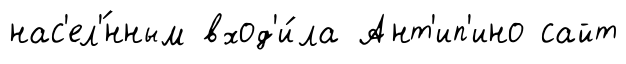
нас'ел'́нным вход'и́ла Ант'ип'ино сайт